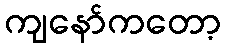
ကျနော်ကတော့